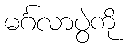
မင်္ဂလာပွဲကို